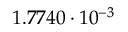
1 . 7 7 4 0 \cdot 1 0 ^ { - 3 }